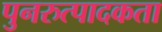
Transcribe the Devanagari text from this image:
पुनरुत्पादकता